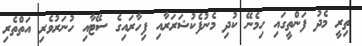
ތިރީ މެދު ފަންތީގައި ހިމެނޭ ކުދި މެނުފެކުޝަރަރާއި ފިހާރައިގެ ސޭޓާއި ހުނަރުވެރި އަތްތެރި